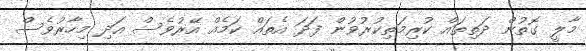
މާލީ ގޮތުން ދަތިތައް ކުރިމަތިކުރުވުން ފަދަ އެތައް ކަމެއް އޭރުވެސް އަދި މިހާރުވެސް